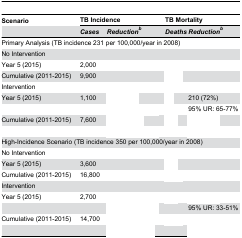
<table><thead><tr><td><b>Scenario</b></td><td colspan="2"><b>TB Incidence</b></td><td colspan="2"><b>TB Mortality</b></td></tr><tr><td>[EMPTY_CELL]</td><td><b><i>Cases</i></b></td><td><b><i>Reduction<sup>b</sup></i></b></td><td><b><i>Deaths</i></b></td><td><b><i>Reduction<sup>b</sup></i></b></td></tr></thead><tbody><tr><td colspan="5">Primary Analysis (TB incidence 231 per 100,000/year in 2008)</td></tr><tr><td>No Intervention</td><td>[EMPTY_CELL]</td><td>[EMPTY_CELL]</td><td>[EMPTY_CELL]</td><td>[EMPTY_CELL]</td></tr><tr><td>Year 5 (2015)</td><td>2,000</td><td>[EMPTY_CELL]</td><td>[EMPTY_CELL]</td><td>[EMPTY_CELL]</td></tr><tr><td>Cumulative (2011-2015)</td><td>9,900</td><td>[EMPTY_CELL]</td><td>[EMPTY_CELL]</td><td>[EMPTY_CELL]</td></tr><tr><td>Intervention</td><td>[EMPTY_CELL]</td><td>[EMPTY_CELL]</td><td>[EMPTY_CELL]</td><td>[EMPTY_CELL]</td></tr><tr><td>Year 5 (2015)</td><td>1,100</td><td>[EMPTY_CELL]</td><td>[EMPTY_CELL]</td><td>210 (72%)</td></tr><tr><td>[EMPTY_CELL]</td><td>[EMPTY_CELL]</td><td>[EMPTY_CELL]</td><td>[EMPTY_CELL]</td><td>95% UR: 65-77%</td></tr><tr><td>Cumulative (2011-2015)</td><td>7,600</td><td>[EMPTY_CELL]</td><td>[EMPTY_CELL]</td><td>[EMPTY_CELL]</td></tr><tr><td>[EMPTY_CELL]</td><td>[EMPTY_CELL]</td><td>[EMPTY_CELL]</td><td>[EMPTY_CELL]</td><td>[EMPTY_CELL]</td></tr><tr><td colspan="5">High-Incidence Scenario (TB incidence 350 per 100,000/year in 2008)</td></tr><tr><td>No Intervention</td><td>[EMPTY_CELL]</td><td>[EMPTY_CELL]</td><td>[EMPTY_CELL]</td><td>[EMPTY_CELL]</td></tr><tr><td>Year 5 (2015)</td><td>3,600</td><td>[EMPTY_CELL]</td><td>[EMPTY_CELL]</td><td>[EMPTY_CELL]</td></tr><tr><td>Cumulative (2011-2015)</td><td>16,800</td><td>[EMPTY_CELL]</td><td>[EMPTY_CELL]</td><td>[EMPTY_CELL]</td></tr><tr><td>Intervention</td><td>[EMPTY_CELL]</td><td>[EMPTY_CELL]</td><td>[EMPTY_CELL]</td><td>[EMPTY_CELL]</td></tr><tr><td>Year 5 (2015)</td><td>2,700</td><td>[EMPTY_CELL]</td><td>[EMPTY_CELL]</td><td>[EMPTY_CELL]</td></tr><tr><td>[EMPTY_CELL]</td><td>[EMPTY_CELL]</td><td>[EMPTY_CELL]</td><td>[EMPTY_CELL]</td><td>95% UR: 33-51%</td></tr><tr><td>Cumulative (2011-2015)</td><td>14,700</td><td>[EMPTY_CELL]</td><td>[EMPTY_CELL]</td><td>[EMPTY_CELL]</td></tr><tr><td>[EMPTY_CELL]</td><td>[EMPTY_CELL]</td><td>[EMPTY_CELL]</td><td>[EMPTY_CELL]</td><td>[EMPTY_CELL]</td></tr></tbody></table>